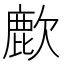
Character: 𫜌